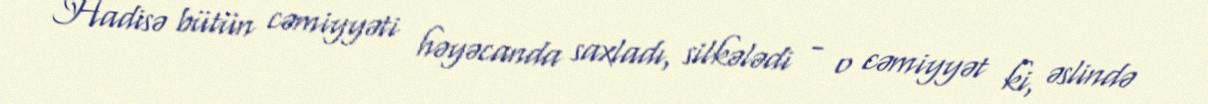
Hadisə bütün cəmiyyəti həyəcanda saxladı, silkələdi - o cəmiyyət ki, əslində